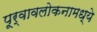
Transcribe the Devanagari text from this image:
पूर्वावलोकनामध्ये